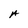
Character: A